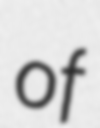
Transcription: of